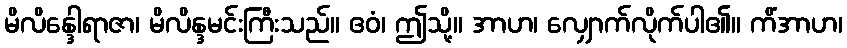
မိလိန္ဒေါရာဇာ၊ မိလိန္ဒမင်းကြီးသည်။ ဧဝံ၊ ဤသို့။ အာဟ၊ လျှောက်လိုက်ပါ၏။ ကိံအာဟ၊